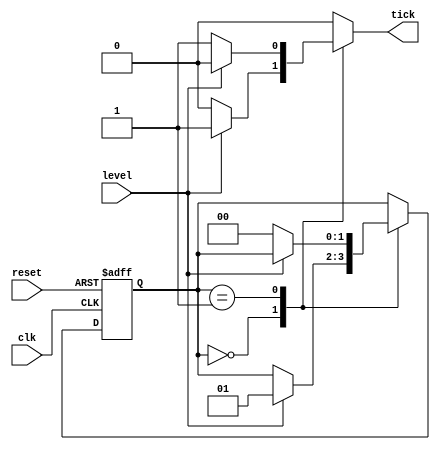
module dual_edge_detector_mealy(
    input clk, reset,
    input level,
    output reg tick
    );
    
    //assigns state names to bit values for case statement
    localparam zero = 1'b0, 
                one = 1'b1;
                     
    reg [1:0] state_reg, state_next;
                 
    //D FF 
    always @(posedge clk, posedge reset)
        if(reset)
            state_reg = zero;
        else
            state_reg = state_next;
            
    //Next state logic and output logic
    always @*
        begin
            tick = 1'b0;  //default off since rising/falling edge will happen less often
            state_next = state_reg;
            case(state_reg)
                zero: 
                    if(level)
                        begin
                            tick = 1'b1;
                            state_next = one;
                        end
                one: 
                    if(~level)
                        begin
                            tick = 1'b1;
                            state_next = zero;
                        end
            endcase
        end
        
endmodule